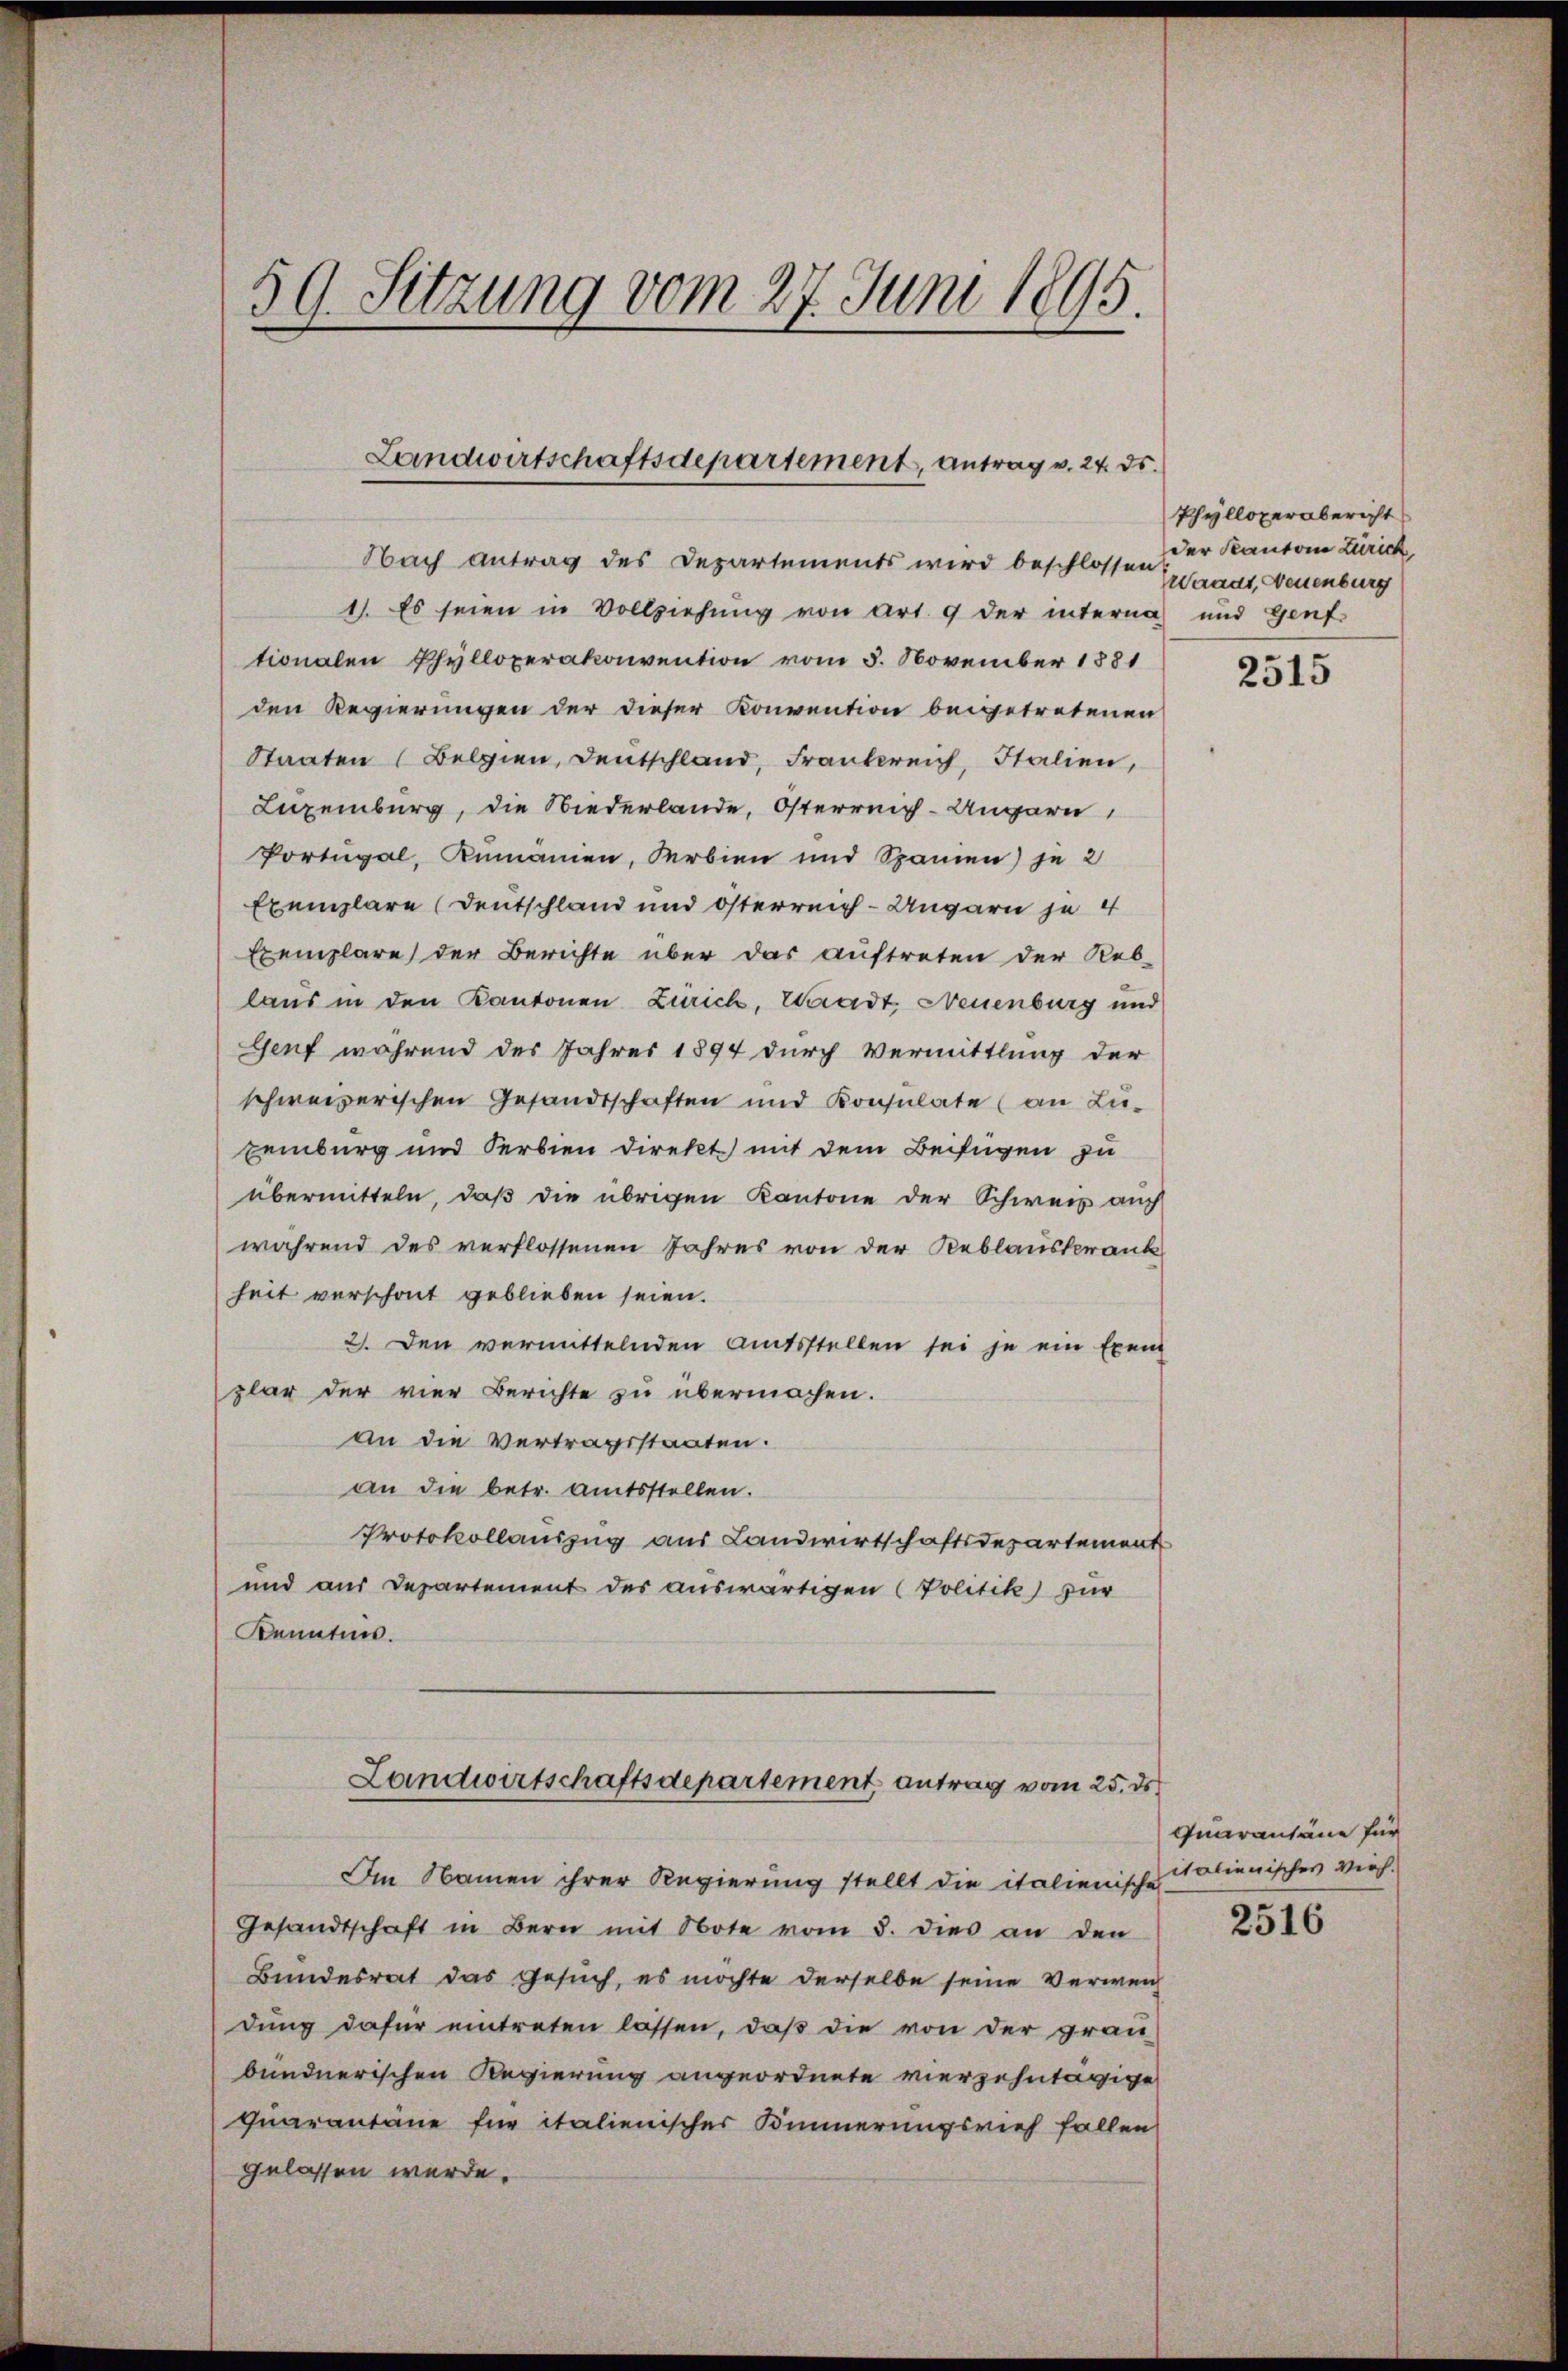
59. Sitzung vom 27. Juni 1895.

Landwirtschaftsdepartement, antrag v. 24. ds.

Nach antrag des Departements wird beschlossen
1). Es seien in Vollziehung von Art. 9 der interna und Genf
tionalen Phylloperakonvention vom 5. November 1881
den Regierungen der dieser Konvention beigetretenen
Staaten (Belgien, Deutschland, Frankreich, Italien,
Lizeiburg, die Niederlande, Osterreich-Ungarn,
Portugal, Rumanen, Serbien und Spanien) je 2
Exemplare (Deutschland und österreich-Ungarn je 4
Exemplare der Berichte über das auftreten der Reb-
laus in den Kantonen Zürich, Waadt Neuenburg und
Genf während des Jahres 1894 durch Vermittlung der
schweizerischen Gesandtschaften und Konsulate (an Luteiburg und Serbien direkt mit dem Beifügen zu
übermitteln, daß die übrigen Kantone der Schweiz auch
während des verflossenen Jahres von der Reblauskrank
heit verschont geblieben seien.
2. Den vermittelnden Amtsstellen sei je ein Exem
plar der vier Berichte zu übermachen.
An die Vertragsstaaten.
an die betr. Amtsstellen.
Protokollauszug aus Landwirtschaftsdepartement
und aus Departement des auswärtigen (Politik für
Kennten.
Landwirtschaftsdepartement, antrag vom 25. ds
Im Namen ihrer Regierung stellt die italienische
Gesandtschaft in Bern mit Note vom 3. dies an den
Bundesrat das Gesuch, es möchte derselbe seine Verweich
dung dafür eintreten lassen, daß die von der grau
bundnerischen Regierung angeordnete vierzehntägige
quarantäne für italienisches Kinnerungsrief fallen
gelassen werde.

Phylloperabericht
der Kanton Zürich
Waadt, Neuenburg

2515

Quarantäne für
italienisches Vieh.

2516